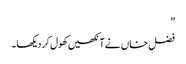
”
فضل خاں نے آنکھیں کھول کر دیکھا۔